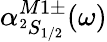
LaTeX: \alpha_{^2S_{1/2}}^{M1\pm}(\omega)